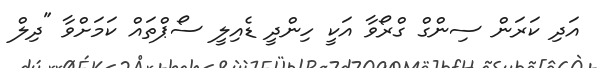
އަދި ކަރަން ސިންގް ގްރޯވާ އަކީ ހިންދީ ޑެއިލީ ސޯޕްތައް ކަމަށްވާ "ދިލް